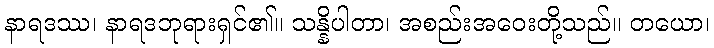
နာရဒဿ၊ နာရဒဘုရားရှင်၏။ သန္နိပါတာ၊ အစည်းအဝေးတို့သည်။ တယော၊